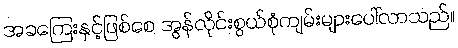
အခကြေးနှင့်ဖြစ်စေ အွန်လိုင်းစွယ်စုံကျမ်းများပေါ်လာသည်။